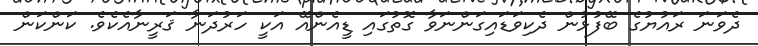
ދެވަނަ ރައުޔުގެ ބޭފުޅުން ދެކިވަޑައިގަންނަވާ ގޮތުގައި ޑީއެންއޭ އަކީ ހަރުދަނާ ޤަރީނާއެކެވެ. ކަންކަން